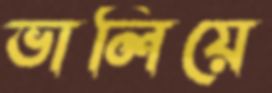
ভালিয়ে